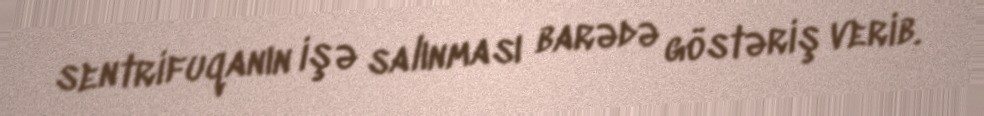
sentrifuqanın işə salınması barədə göstəriş verib.